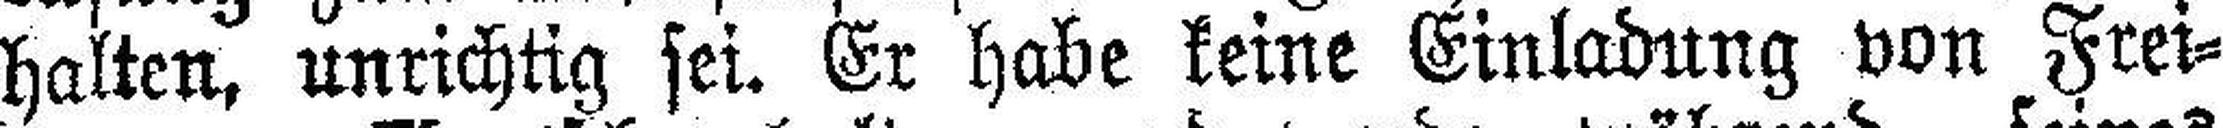
halten, unrichtig sei. Er habe keine Einladung von Frei¬